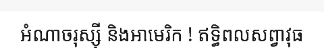
អំណាចរុស្ស៊ី និងអាមេរិក ! ឥទ្ធិពលសព្វាវុធ